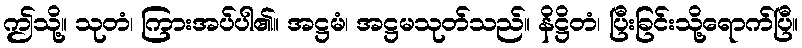
ဤသို့။ သုတံ၊ ကြားအပ်ပါ၏။ အဋ္ဌမံ၊ အဋ္ဌမသုတ်သည်။ နိဋ္ဌိတံ၊ ပြီးခြင်းသို့ရောက်ပြီ။